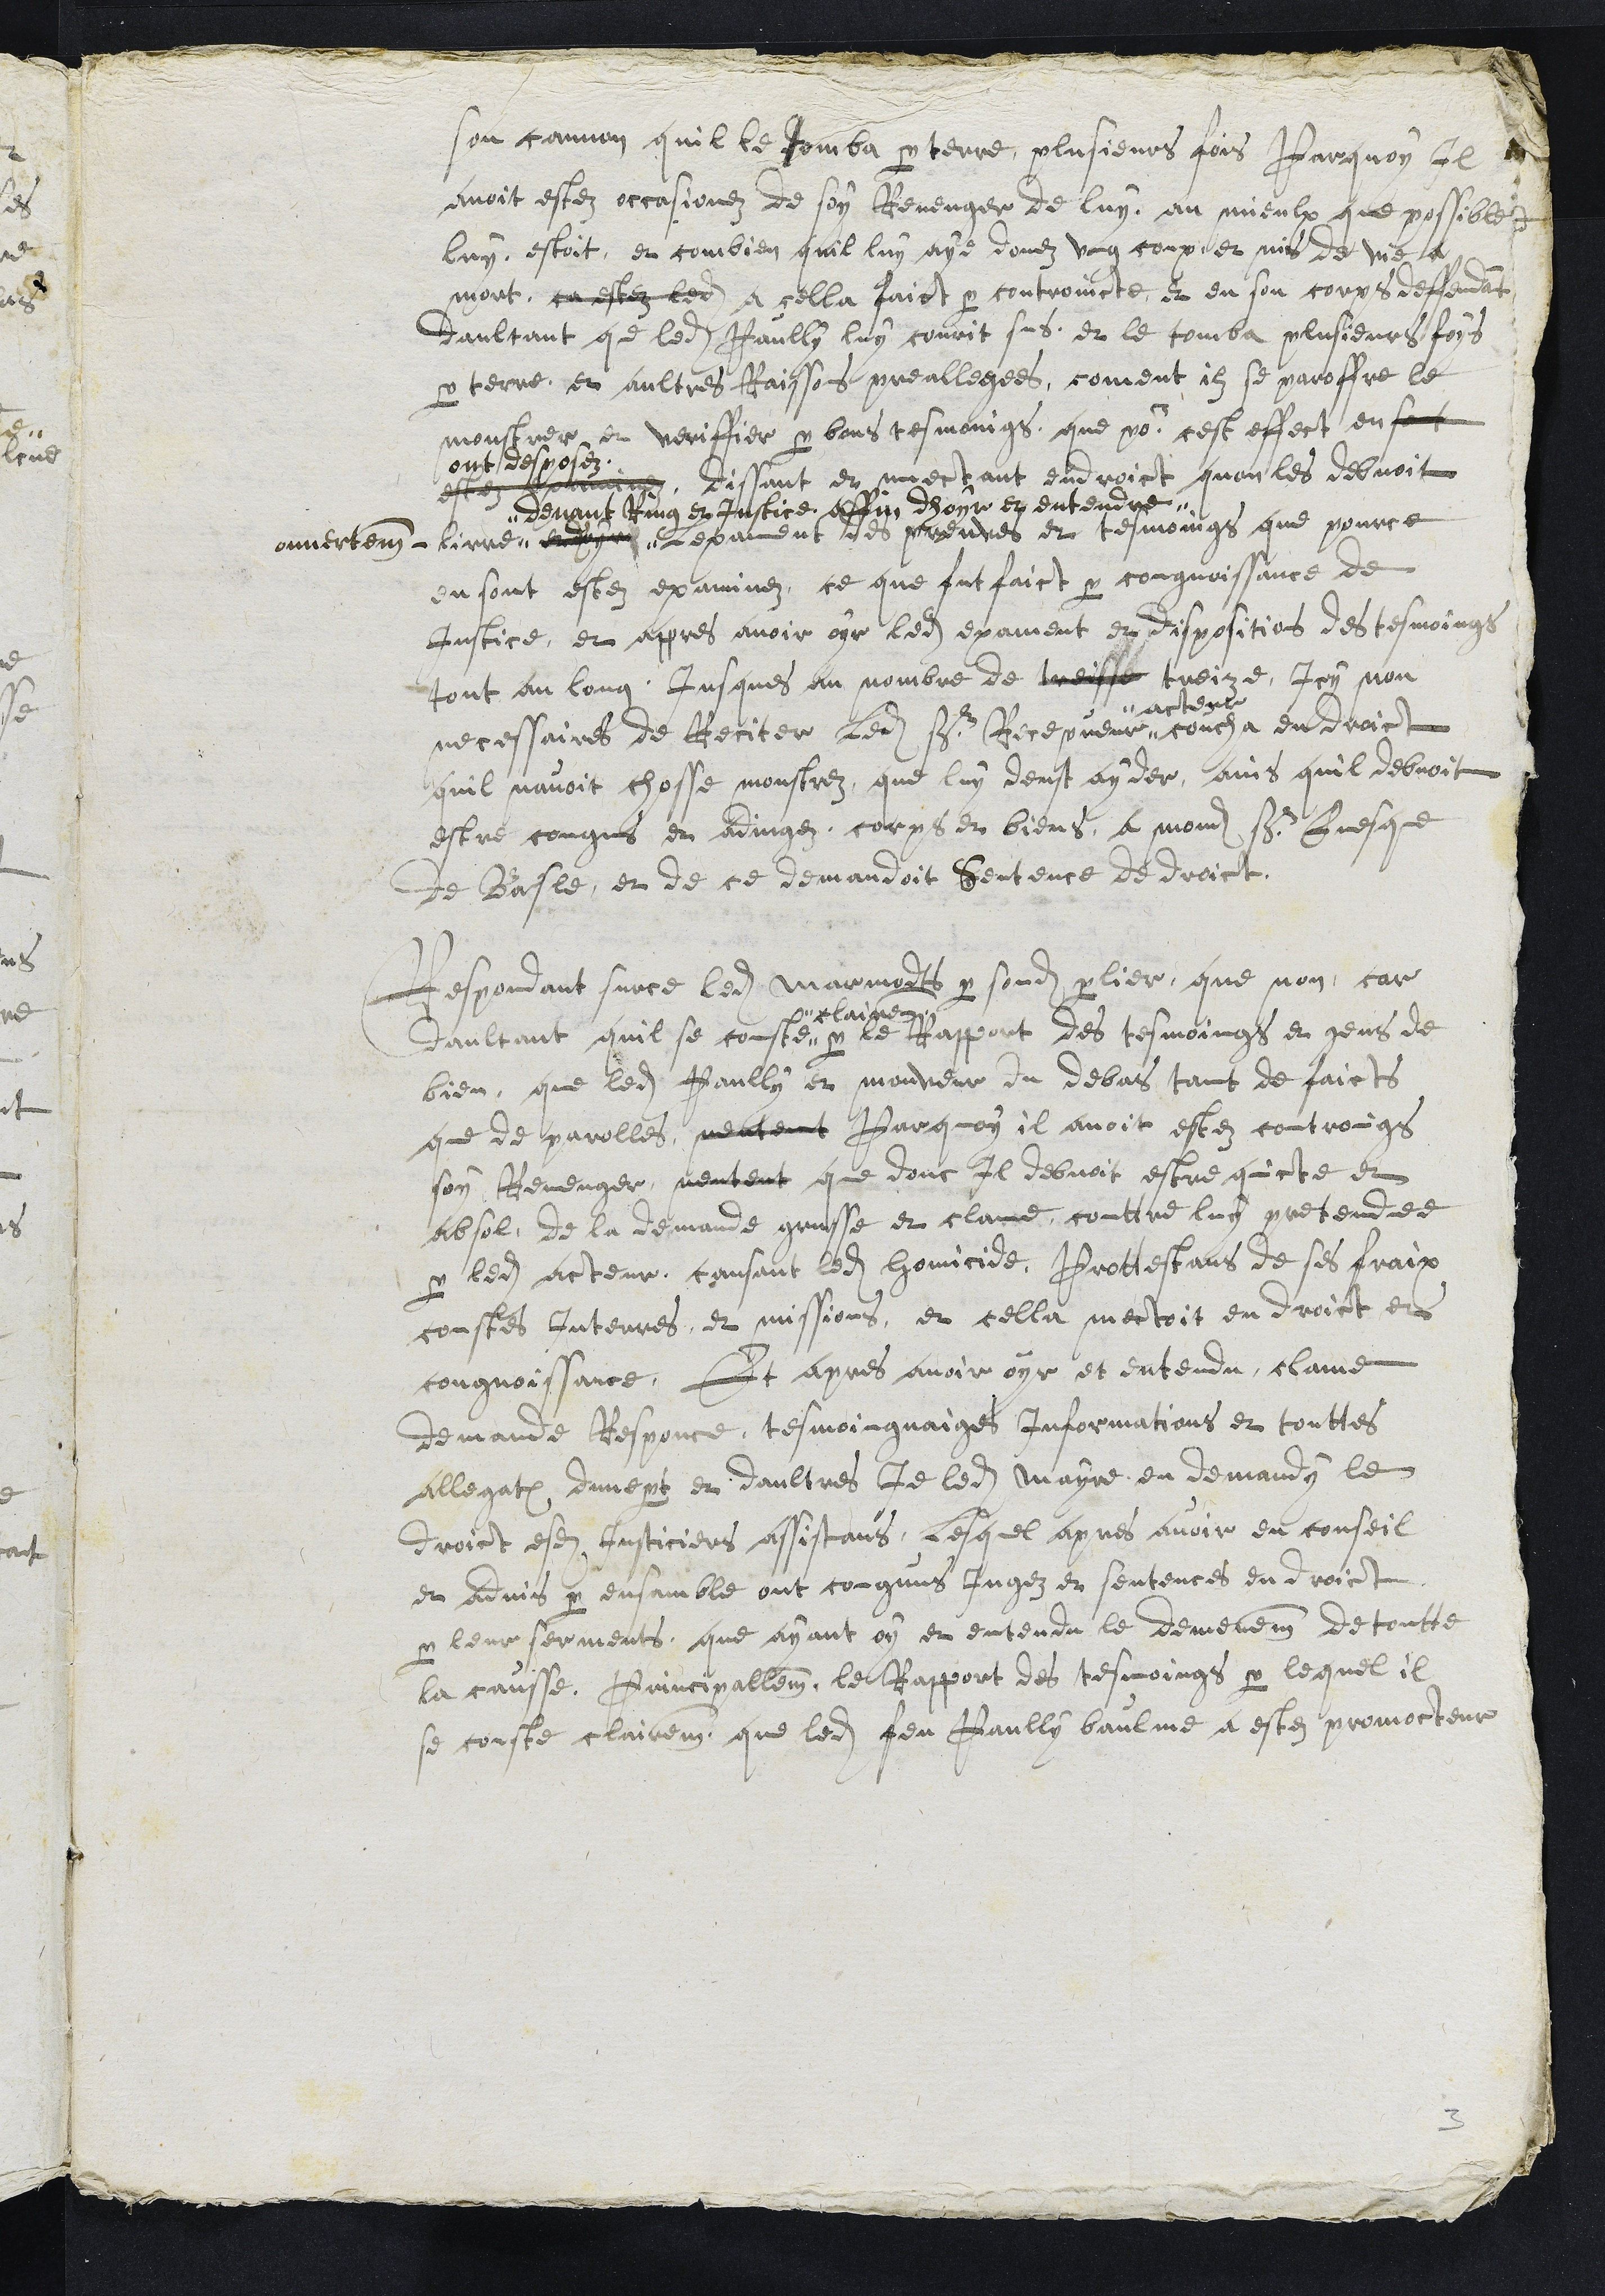
son cannon quil le tomba par terre plusieurs fois Parquoy Il
avoit estez occasionez de soy Revenger de luy au mieulx que possible
luy estoit, et combien quil luy aye donez ung coup et mis de vie a
mort, ca estez ledit a cella faict par controincte et en son corps deffendant
daultant que ledit Paully luy courit sus et le tomba plusieurs foys
par terre et aultres Raissons preallegees, coment ilz se paroffre le
monstrer et veriffier par bons tesmoings, que pour cest effect en sont
ont deposez
estez examinez, dissant et mectant endroict quon les debvoit
ouvertement tirre
devant Ring et Justice affin dhoyr et entendre.
Lexamen des preuvres et tesmoings que pource
en sont estez examinez ce que fut faict par congnoissance de
Justice, et appres avoir oyr ledit exament et dispositions des tesmoings
tout au long jusques au nombre de treisse treize, Icy non
necessaires de Reciter ledit Sr Recepveur
acteur
coucha en droict
quil navoit chosse monstrez que luy deust ayder, ains quil debvoit
estre congnus et adjugez corps et biens, a mondit Sr Evesque
de Basle, et de ce demandoit Sentence de droict.
Respondant sur ce ledit Marmodts par sondit parlier, que non, car
daultant quil se conste
clairement
par le Rapport des tesmoings et gens de
bien, que ledit Paully et mouveur du debas, tant de faicts
que de parolles, nentent Parquoy il avoit estez controings
soy Remenger, nentent que donc Il debvoit estre quicte et
absol de la demande grusse et clame, contre luy pretendee
par ledit acteur, causant ledit homicide, Prottestans de ses fraix
coustes Interres, et missions, et cella mectoit en droict et
congnoissance. Et apres avoir oyr et entendu clame
demande Responce, tesmoingnaiges Informations et touttes
allegation dune part et daultres Il ledit mayre en demandy le
droict esdits Justiciers assistans, lesquel apres avoir eu conseil
et advis par ensamble ont congnus Jugez et sentences en droict
par leur serments, que ayant oy et entendu le demenement de toutte
la causse, Principallement, le Rapport des tesmoings par lequel il
se couste clairement que ledit feu Paully baulme a este promocteur
3